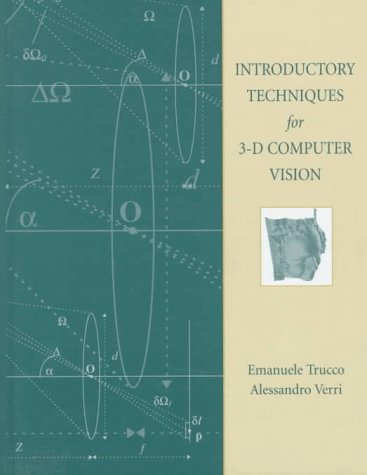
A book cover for Introductory Techniques for 3-D Computer Vision; Emanuele Trucco; Computers & Technology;